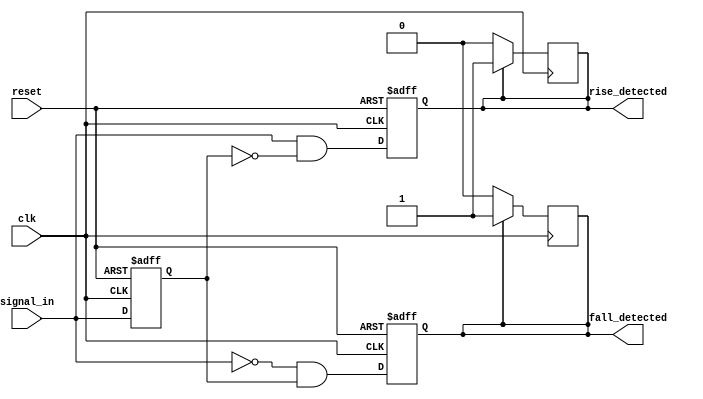
module dual_edge_detector (
    input wire clk,                // Clock signal
    input wire reset,              // Asynchronous reset signal
    input wire signal_in,          // Input signal to detect edges
    output reg rise_detected,      // Output signal for rising edge detection
    output reg fall_detected       // Output signal for falling edge detection
);

    // Memory blocks to hold previous states
    reg prev_state;                // Holds the state of signal_in from the previous clock cycle
    reg prev_prev_state;           // Holds the state of signal_in from two clock cycles ago

    // Sequential logic for edge detection
    always @(posedge clk or posedge reset) begin
        if (reset) begin
            // Initialize memory blocks and output signals on reset
            prev_state <= 1'b0;
            prev_prev_state <= 1'b0;
            rise_detected <= 1'b0;
            fall_detected <= 1'b0;
        end else begin
            // Update previous states
            prev_prev_state <= prev_state;
            prev_state <= signal_in;

            // Edge detection logic
            rise_detected <= (signal_in == 1'b1 && prev_state == 1'b0);
            fall_detected <= (signal_in == 1'b0 && prev_state == 1'b1);
        end
    end

    // Generate one clock cycle pulse for rise_detected and fall_detected
    always @(posedge clk) begin
        if (rise_detected) begin
            rise_detected <= 1'b1; // Set rise_detected high for one clock cycle
        end else begin
            rise_detected <= 1'b0; // Reset rise_detected
        end

        if (fall_detected) begin
            fall_detected <= 1'b1; // Set fall_detected high for one clock cycle
        end else begin
            fall_detected <= 1'b0; // Reset fall_detected
        end
    end

endmodule